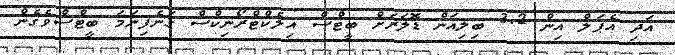
އަދި އެޕަލް އިން 3.2 ބިލިއަން ޑޮލަރަށް ބީޓްސް އިލެކްޓްރޯނިކްސް ގަނެފިނަމަ ބީޓްސްވެގެން